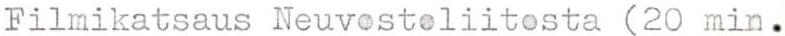
Filmikatsaus Neuvostoliitosta (20 min.